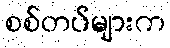
စစ်တပ်များက